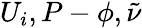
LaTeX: U_{i},P-\phi,\tilde{\nu}